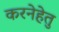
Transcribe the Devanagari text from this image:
करनेहेतु